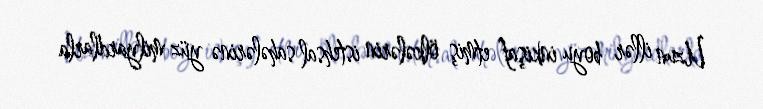
Uzun illər boyu inkişaf etmiş ölkələrin istehsal sahələrinə yüz milyardlarla